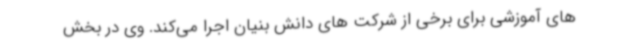
های آموزشی برای برخی از شرکت های دانش بنیان اجرا می‌کند. وی در بخش